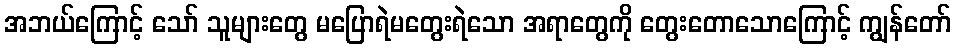
အဘယ်ကြောင့် သော် သူများတွေ မပြောရဲမတွေးရဲသော အရာတွေကို တွေးတောသောကြောင့် ကျွန်တော်